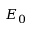
E _ { 0 }